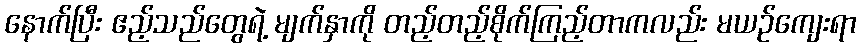
နောက်ပြီး ဧည့်သည်တွေရဲ့ မျက်နှာကို တည့်တည့်စိုက်ကြည့်တာကလည်း မယဉ်ကျေးရာ